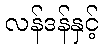
လန်ဒန်နှင့်